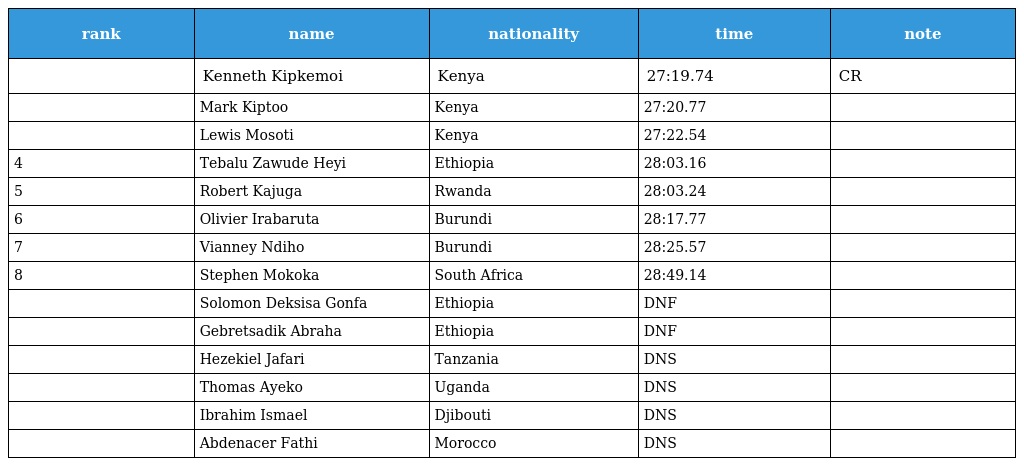
| rank | name | nationality | time | note |
 | --- | --- | --- | --- | --- |
 |  | Kenneth Kipkemoi | Kenya | 27:19.74 | CR |
 |  | Mark Kiptoo | Kenya | 27:20.77 |  |
 |  | Lewis Mosoti | Kenya | 27:22.54 |  |
 | 4 | Tebalu Zawude Heyi | Ethiopia | 28:03.16 |  |
 | 5 | Robert Kajuga | Rwanda | 28:03.24 |  |
 | 6 | Olivier Irabaruta | Burundi | 28:17.77 |  |
 | 7 | Vianney Ndiho | Burundi | 28:25.57 |  |
 | 8 | Stephen Mokoka | South Africa | 28:49.14 |  |
 |  | Solomon Deksisa Gonfa | Ethiopia | DNF |  |
 |  | Gebretsadik Abraha | Ethiopia | DNF |  |
 |  | Hezekiel Jafari | Tanzania | DNS |  |
 |  | Thomas Ayeko | Uganda | DNS |  |
 |  | Ibrahim Ismael | Djibouti | DNS |  |
 |  | Abdenacer Fathi | Morocco | DNS |  |